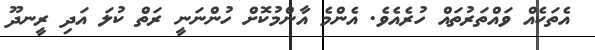
އެތަކެއް ވައްތަރުތައް ހުރެއެވެ. އެންމެ އާންމުކޮށް ހުންނަނީ ރަތް ކުލަ އަދި ރީނދޫ